Leningradi_Edasi_toimetus, lk 145
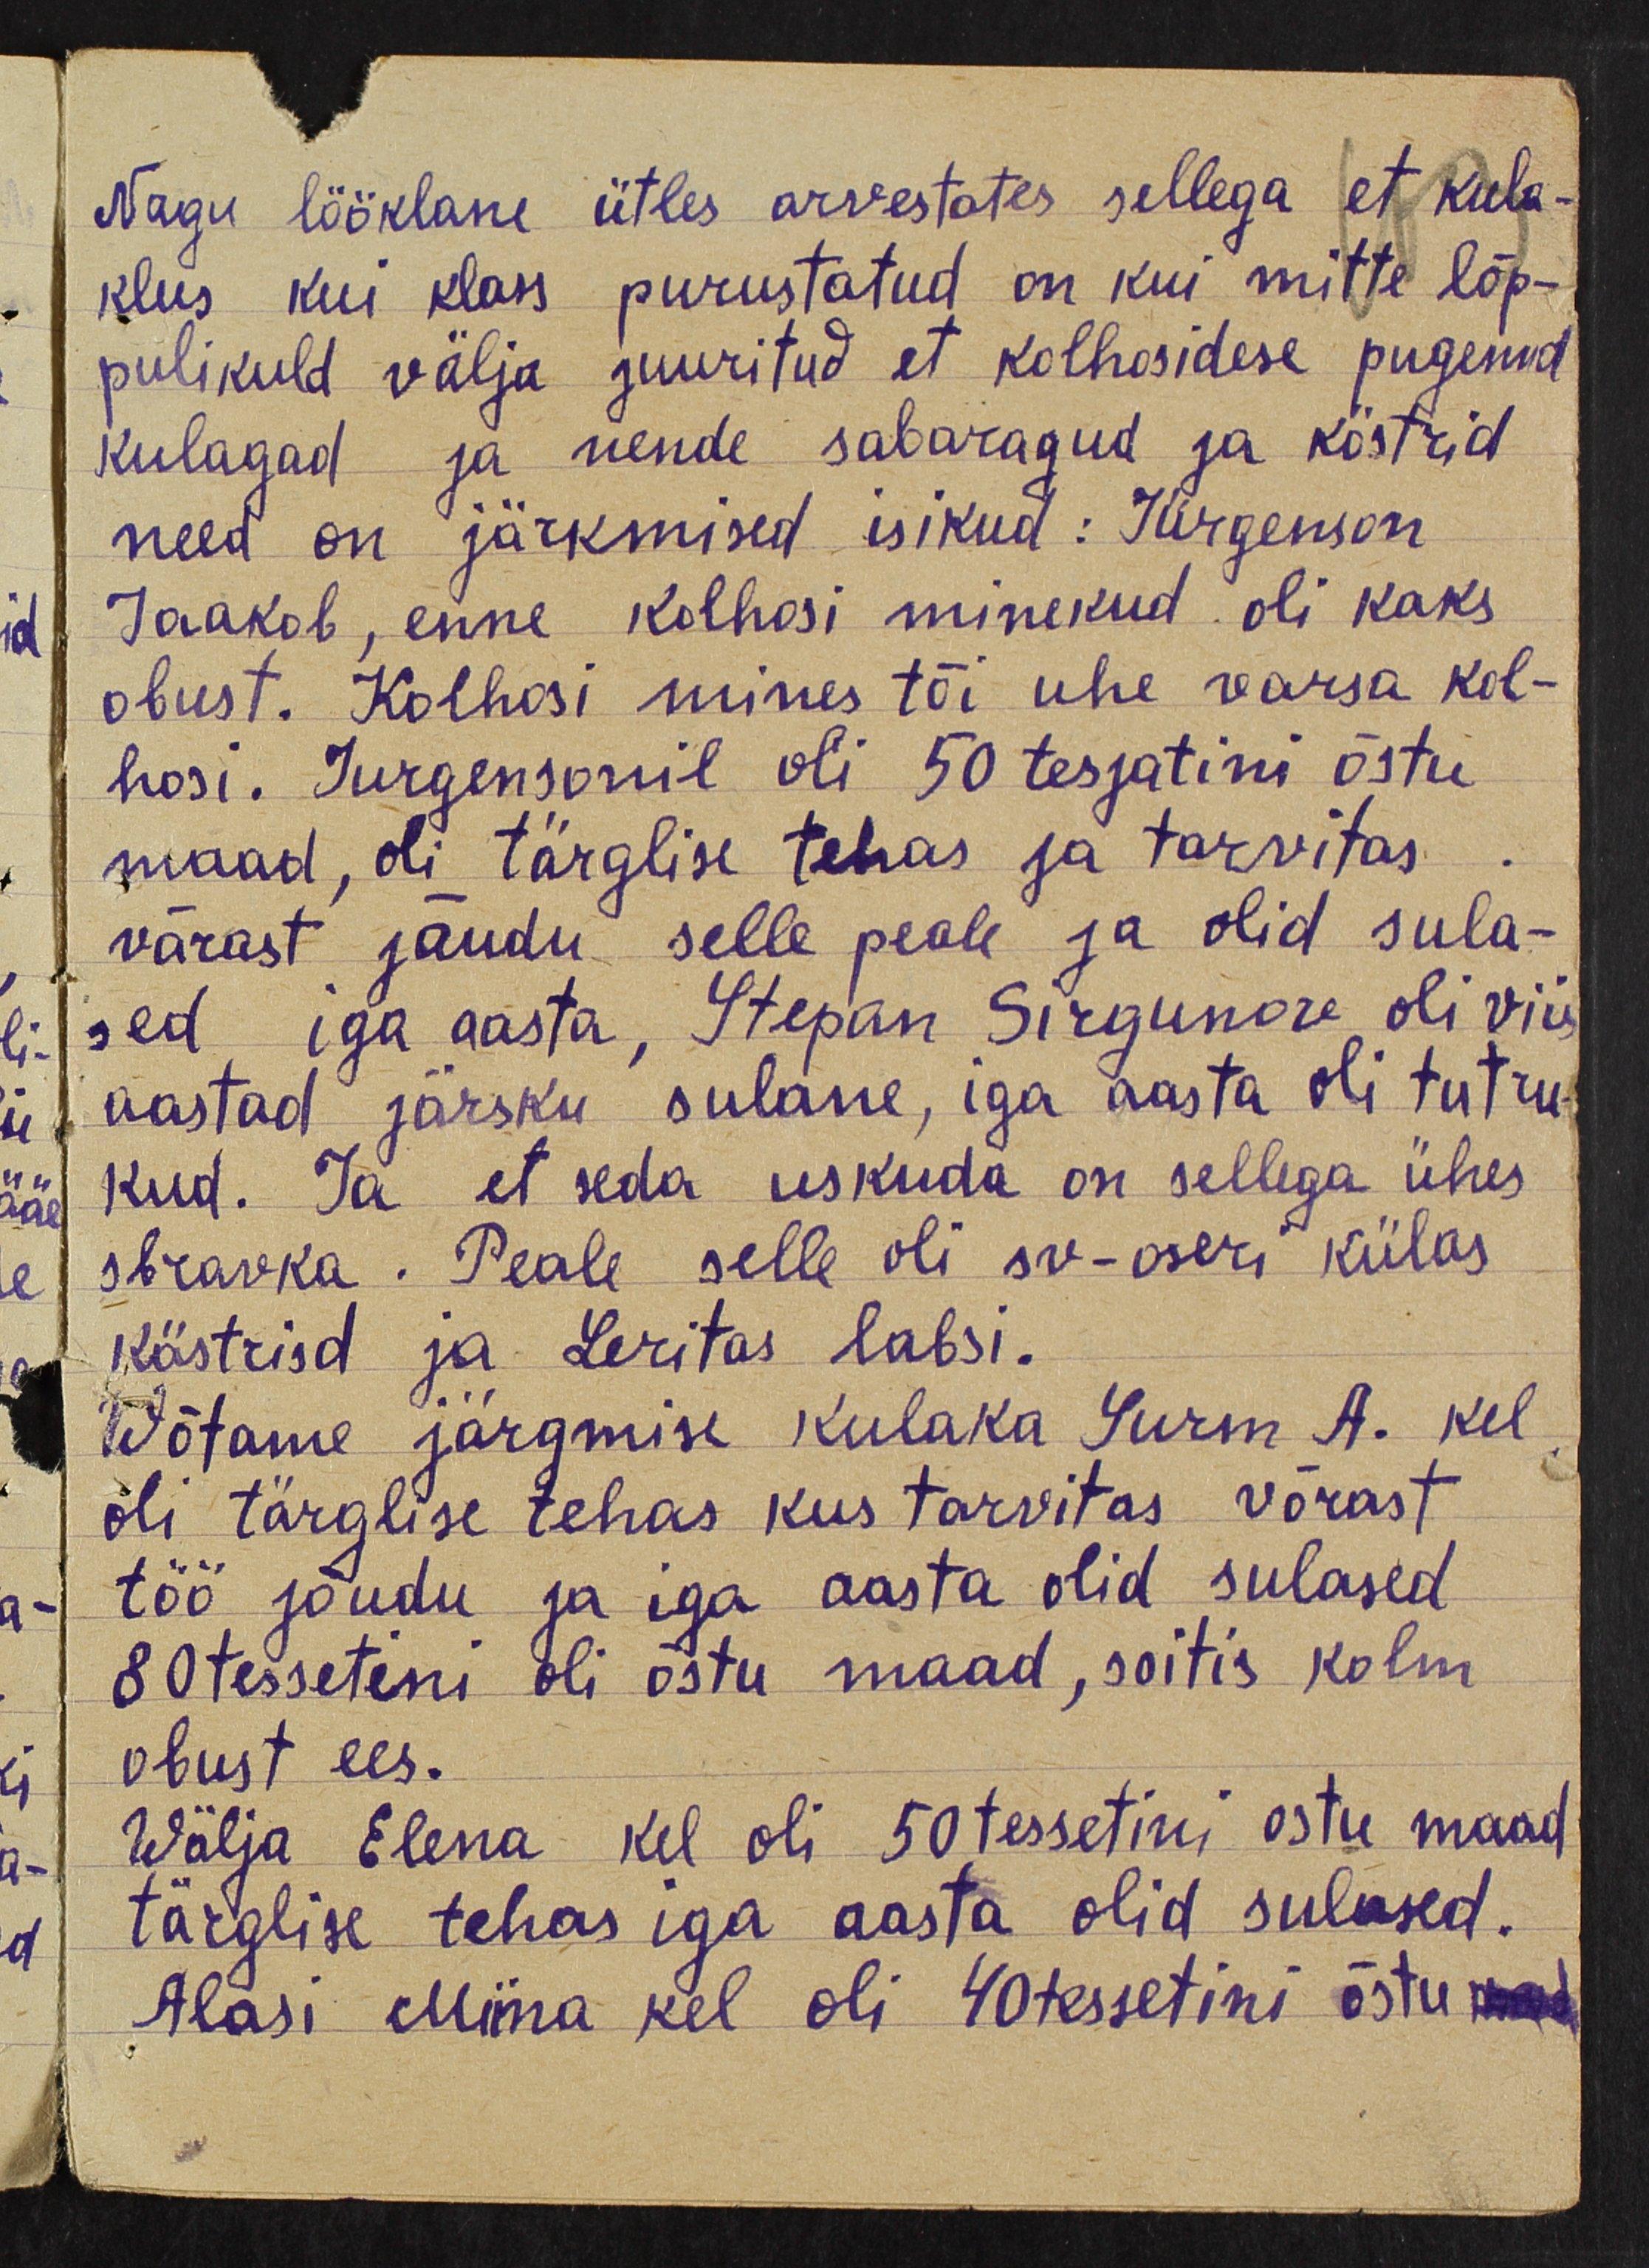
Nagu lööklane ütles arvestates sellega et kula-
klus kui klass purustatud on kui mitte lõp-
pulikuld välja juuritud et kolhosidese pugenud
kulagad ja nende sabaragud ja köstrid
need on järkmised isikud: Jürgenson
Jaakob, enne kolhoosi minekud oli kaks
obust. Kolhosi mines tõi uhe varsa kol-
hosi. Jurgensonil oli 50 tesjatini õstu
maad, oli tärglise tehas ja tarvitas.
värast jaudu selle peale ja olid sula-
sed iga aasta, Stepan Sirgunore oli viis
aastad järsku sulane, iga aasta oli tutru-
kud. Ta et seda uskuda on sellega ühes
sbravka. Peale selle oli sv-oseri külas
köstrisd ja Leritas labsi.
Wõtame järgmise kulaka Surm A. kel
oli tärglise tehas kus tarvitas võrast
töö jõudu ja iga aasta olid sulased
80 tessetini oli õstu maad, sõitis kolm
obust ees.
Wälja Elena kel oli 50 tessetini ostu maad
tärglise tehas iga aasta olid sulased.
Alasi Miina kel oli 40 tessetini õstu mad.